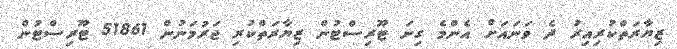
ޒިޔާރަތްކުރިއިރު ދެ ވަނައަށް އެންމެ ގިނަ ޓޫރިސްޓުން ޒިޔާރަތްކުރި ޖަރުމަނުން 51861 ޓޫރިސްޓުން